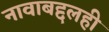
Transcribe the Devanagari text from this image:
नावाबद्दलही